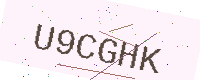
Text: U9CGHK